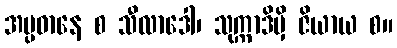
အပ္ပဓာနေ စ သီလာဒေါ၊ သုက္ကာဒိမှိ ဇိယာယ စ။